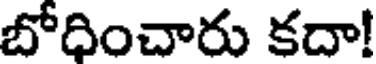
బోధించారు కదా!